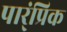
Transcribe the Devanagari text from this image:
पार्ंप्रिक